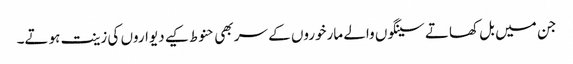
جن میں بل کھاتے سینگوں والے مارخوروں کے سر بھی حنوط کیے دیواروں کی زینت ہوتے۔